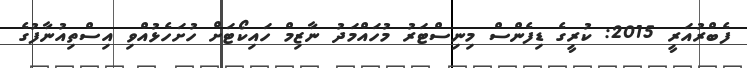
ފެބްރުއަރީ 2015: ކުރީގެ ޑިފެންސް މިނިސްޓަރު މުހައްމަދު ނާޒިމް ހައިކޯޓަށް ހުށަހެޅުއްވި އިސްތިއުނާފުގެ